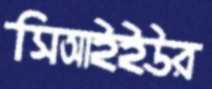
সিআইইউর